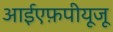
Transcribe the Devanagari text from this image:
आईएफ़पीयूजू